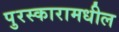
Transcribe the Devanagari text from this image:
पुरस्कारामधील